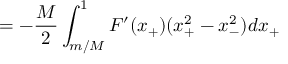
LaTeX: = - \frac M 2 \int _ { m / M } ^ { 1 } F ^ { \prime } ( x _ { + } ) ( x _ { + } ^ { 2 } - x _ { - } ^ { 2 } ) d x _ { + }